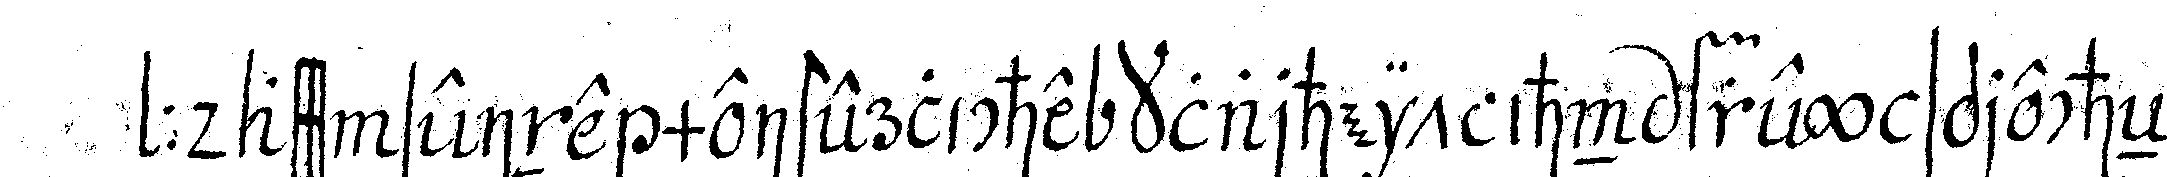
: dass seine meisterliche klarheit ihn frey sprecheN